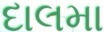
દાલમા